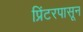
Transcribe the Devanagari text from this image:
प्रिंटरपासून